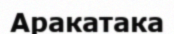
Аракатака